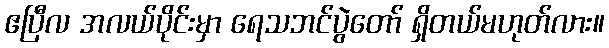
ဧပြီလ အလယ်ပိုင်းမှာ ရေသဘင်ပွဲတော် ရှိတယ်မဟုတ်လား။